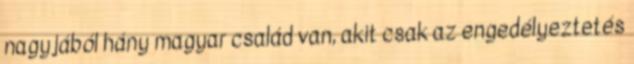
nagyjából hány magyar család van, akit csak az engedélyeztetés